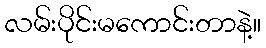
လမ်းပိုင်းမကောင်းတာနဲ့။